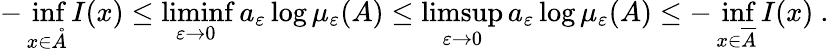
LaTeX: -\operatorname*{inf}_{x\in\mathring{A}}I(x)\leq\operatorname*{liminf}_{\varepsilon\rightarrow 0}a_{\varepsilon}\log\mu_{\varepsilon}(A)\leq\operatorname*{limsup}_{\varepsilon\rightarrow 0}a_{\varepsilon}\log\mu_{\varepsilon}(A)\leq-\operatorname*{inf}_{x\in\overline{{A}}}I(x)\ .